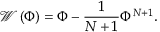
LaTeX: { \mathcal W } \left( \Phi \right) = \Phi - \frac { 1 } { N + 1 } \Phi ^ { N + 1 } .